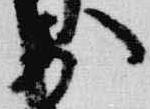
前